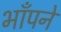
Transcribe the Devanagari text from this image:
भाँपने